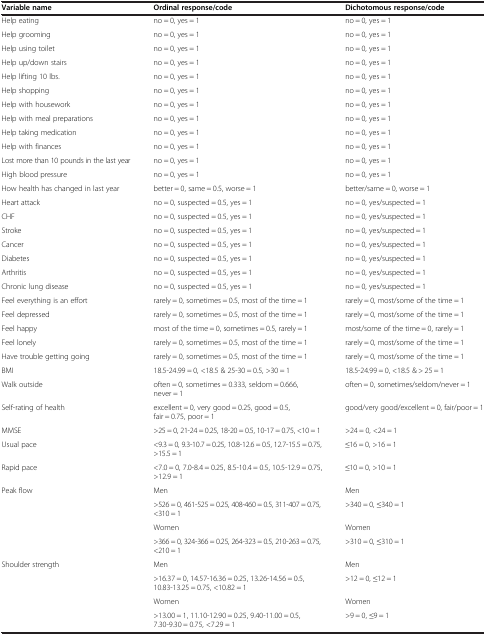
<table><thead><tr><td><b>Variable name</b></td><td><b>Ordinal response/code</b></td><td><b>Dichotomous response/code</b></td></tr></thead><tbody><tr><td>Help eating</td><td>no = 0, yes = 1</td><td>no = 0, yes = 1</td></tr><tr><td>Help grooming</td><td>no = 0, yes = 1</td><td>no = 0, yes = 1</td></tr><tr><td>Help using toilet</td><td>no = 0, yes = 1</td><td>no = 0, yes = 1</td></tr><tr><td>Help up/down stairs</td><td>no = 0, yes = 1</td><td>no = 0, yes = 1</td></tr><tr><td>Help lifting 10 lbs.</td><td>no = 0, yes = 1</td><td>no = 0, yes = 1</td></tr><tr><td>Help shopping</td><td>no = 0, yes = 1</td><td>no = 0, yes = 1</td></tr><tr><td>Help with housework</td><td>no = 0, yes = 1</td><td>no = 0, yes = 1</td></tr><tr><td>Help with meal preparations</td><td>no = 0, yes = 1</td><td>no = 0, yes = 1</td></tr><tr><td>Help taking medication</td><td>no = 0, yes = 1</td><td>no = 0, yes = 1</td></tr><tr><td>Help with finances</td><td>no = 0, yes = 1</td><td>no = 0, yes = 1</td></tr><tr><td>Lost more than 10 pounds in the last year</td><td>no = 0, yes = 1</td><td>no = 0, yes = 1</td></tr><tr><td>High blood pressure</td><td>no = 0, yes = 1</td><td>no = 0, yes = 1</td></tr><tr><td>How health has changed in last year</td><td>better = 0, same = 0.5, worse = 1</td><td>better/same = 0, worse = 1</td></tr><tr><td>Heart attack</td><td>no = 0, suspected = 0.5, yes = 1</td><td>no = 0, yes/suspected = 1</td></tr><tr><td>CHF</td><td>no = 0, suspected = 0.5, yes = 1</td><td>no = 0, yes/suspected = 1</td></tr><tr><td>Stroke</td><td>no = 0, suspected = 0.5, yes = 1</td><td>no = 0, yes/suspected = 1</td></tr><tr><td>Cancer</td><td>no = 0, suspected = 0.5, yes = 1</td><td>no = 0, yes/suspected = 1</td></tr><tr><td>Diabetes</td><td>no = 0, suspected = 0.5, yes = 1</td><td>no = 0, yes/suspected = 1</td></tr><tr><td>Arthritis</td><td>no = 0, suspected = 0.5, yes = 1</td><td>no = 0, yes/suspected = 1</td></tr><tr><td>Chronic lung disease</td><td>no = 0, suspected = 0.5, yes = 1</td><td>no = 0, yes/suspected = 1</td></tr><tr><td>Feel everything is an effort</td><td>rarely = 0, sometimes = 0.5, most of the time = 1</td><td>rarely = 0, most/some of the time = 1</td></tr><tr><td>Feel depressed</td><td>rarely = 0, sometimes = 0.5, most of the time = 1</td><td>rarely = 0, most/some of the time = 1</td></tr><tr><td>Feel happy</td><td>most of the time = 0, sometimes = 0.5, rarely = 1</td><td>most/some of the time = 0, rarely = 1</td></tr><tr><td>Feel lonely</td><td>rarely = 0, sometimes = 0.5, most of the time = 1</td><td>rarely = 0, most/some of the time = 1</td></tr><tr><td>Have trouble getting going</td><td>rarely = 0, sometimes = 0.5, most of the time = 1</td><td>rarely = 0, most/some of the time = 1</td></tr><tr><td>BMI</td><td>18.5-24.99 = 0, &lt;18.5 &amp; 25-30 = 0.5, &gt;30 = 1</td><td>18.5-24.99 = 0, &lt;18.5 &amp; &gt; 25 = 1</td></tr><tr><td>Walk outside</td><td>often = 0, sometimes = 0.333, seldom = 0.666, never = 1</td><td>often = 0, sometimes/seldom/never = 1</td></tr><tr><td>Self-rating of health</td><td>excellent = 0, very good = 0.25, good = 0.5, fair = 0.75, poor = 1</td><td>good/very good/excellent = 0, fair/poor = 1</td></tr><tr><td>MMSE</td><td>&gt;25 = 0, 21-24 = 0.25, 18-20 = 0.5, 10-17 = 0.75, &lt;10 = 1</td><td>&gt;24 = 0, &lt;24 = 1</td></tr><tr><td>Usual pace</td><td>&lt;9.3 = 0, 9.3-10.7 = 0.25, 10.8-12.6 = 0.5, 12.7-15.5 = 0.75, &gt;15.5 = 1</td><td>≤16 = 0, &gt;16 = 1</td></tr><tr><td>Rapid pace</td><td>&lt;7.0 = 0, 7.0-8.4 = 0.25, 8.5-10.4 = 0.5, 10.5-12.9 = 0.75, &gt;12.9 = 1</td><td>≤10 = 0, &gt;10 = 1</td></tr><tr><td rowspan="4">Peak flow</td><td>Men</td><td>Men</td></tr><tr><td>&gt;526 = 0, 461-525 = 0.25, 408-460 = 0.5, 311-407 = 0.75, &lt;310 = 1</td><td>&gt;340 = 0, ≤340 = 1</td></tr><tr><td>Women</td><td>Women</td></tr><tr><td>&gt;366 = 0, 324-366 = 0.25, 264-323 = 0.5, 210-263 = 0.75, &lt;210 = 1</td><td>&gt;310 = 0, ≤310 = 1</td></tr><tr><td rowspan="3">Shoulder strength</td><td>Men</td><td>Men</td></tr><tr><td>&gt;16.37 = 0, 14.57-16.36 = 0.25, 13.26-14.56 = 0.5, 10.83-13.25 = 0.75, &lt;10.82 = 1</td><td>&gt;12 = 0, ≤12 = 1</td></tr><tr><td>Women</td><td>Women</td></tr><tr><td> </td><td>&gt;13.00 = 1, 11.10-12.90 = 0.25, 9.40-11.00 = 0.5, 7.30-9.30 = 0.75, &lt;7.29 = 1</td><td>&gt;9 = 0, ≤9 = 1</td></tr></tbody></table>